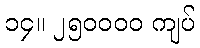
၁၄။ ၂၅၀၀၀၀ ကျပ်